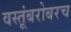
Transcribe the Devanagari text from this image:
वस्तूंबरोबरच